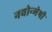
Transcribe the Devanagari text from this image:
नवोन्‍मेषी